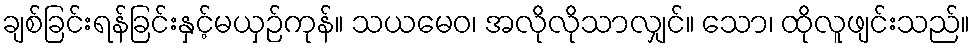
ချစ်ခြင်းရန်ခြင်းနှင့်မယှဉ်ကုန်။ သယမေဝ၊ အလိုလိုသာလျှင်။ သော၊ ထိုလူဖျင်းသည်။